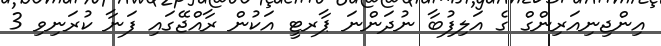
އިންޖިނިއަރިންގް ގެ އަލިފުބާ ނުދަންނަ ޕާރޓީ އަކުން ރާއްޖޭގައި ފަނާ ކުރަނިވި 3